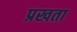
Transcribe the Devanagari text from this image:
प्रखता